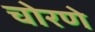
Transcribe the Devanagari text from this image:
चोरणे